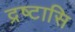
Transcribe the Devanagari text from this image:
द्रष्टासि